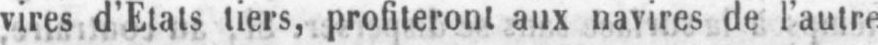
vires d’Etals tiers, profiteront aux navires de l’autre